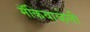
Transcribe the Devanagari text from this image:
मॅकियाव्हेली